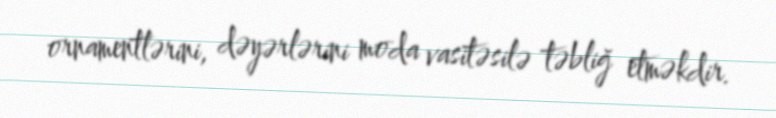
ornamentlərini, dəyərlərini moda vasitəsilə təbliğ etməkdir.